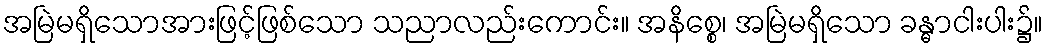
အမြဲမရှိသောအားဖြင့်ဖြစ်သော သညာလည်းကောင်း။ အနိစ္စေ၊ အမြဲမရှိသော ခန္ဓာငါးပါး၌။